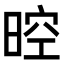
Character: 𣈞